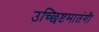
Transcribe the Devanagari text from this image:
उच्छिष्टमातंगी